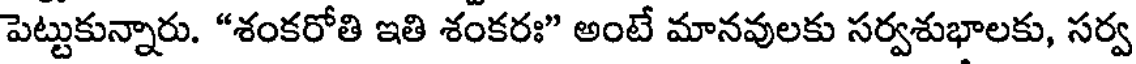
పెట్టుకున్నారు. "శంకరోతి ఇతి శంకరః" అంటే మానవులకు సర్వశుభాలకు, సర్వ